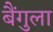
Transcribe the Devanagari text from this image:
बैंगुला